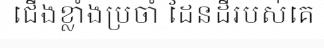
ជើងខ្លាំងប្រចាំ ដែនដីរបស់គេ